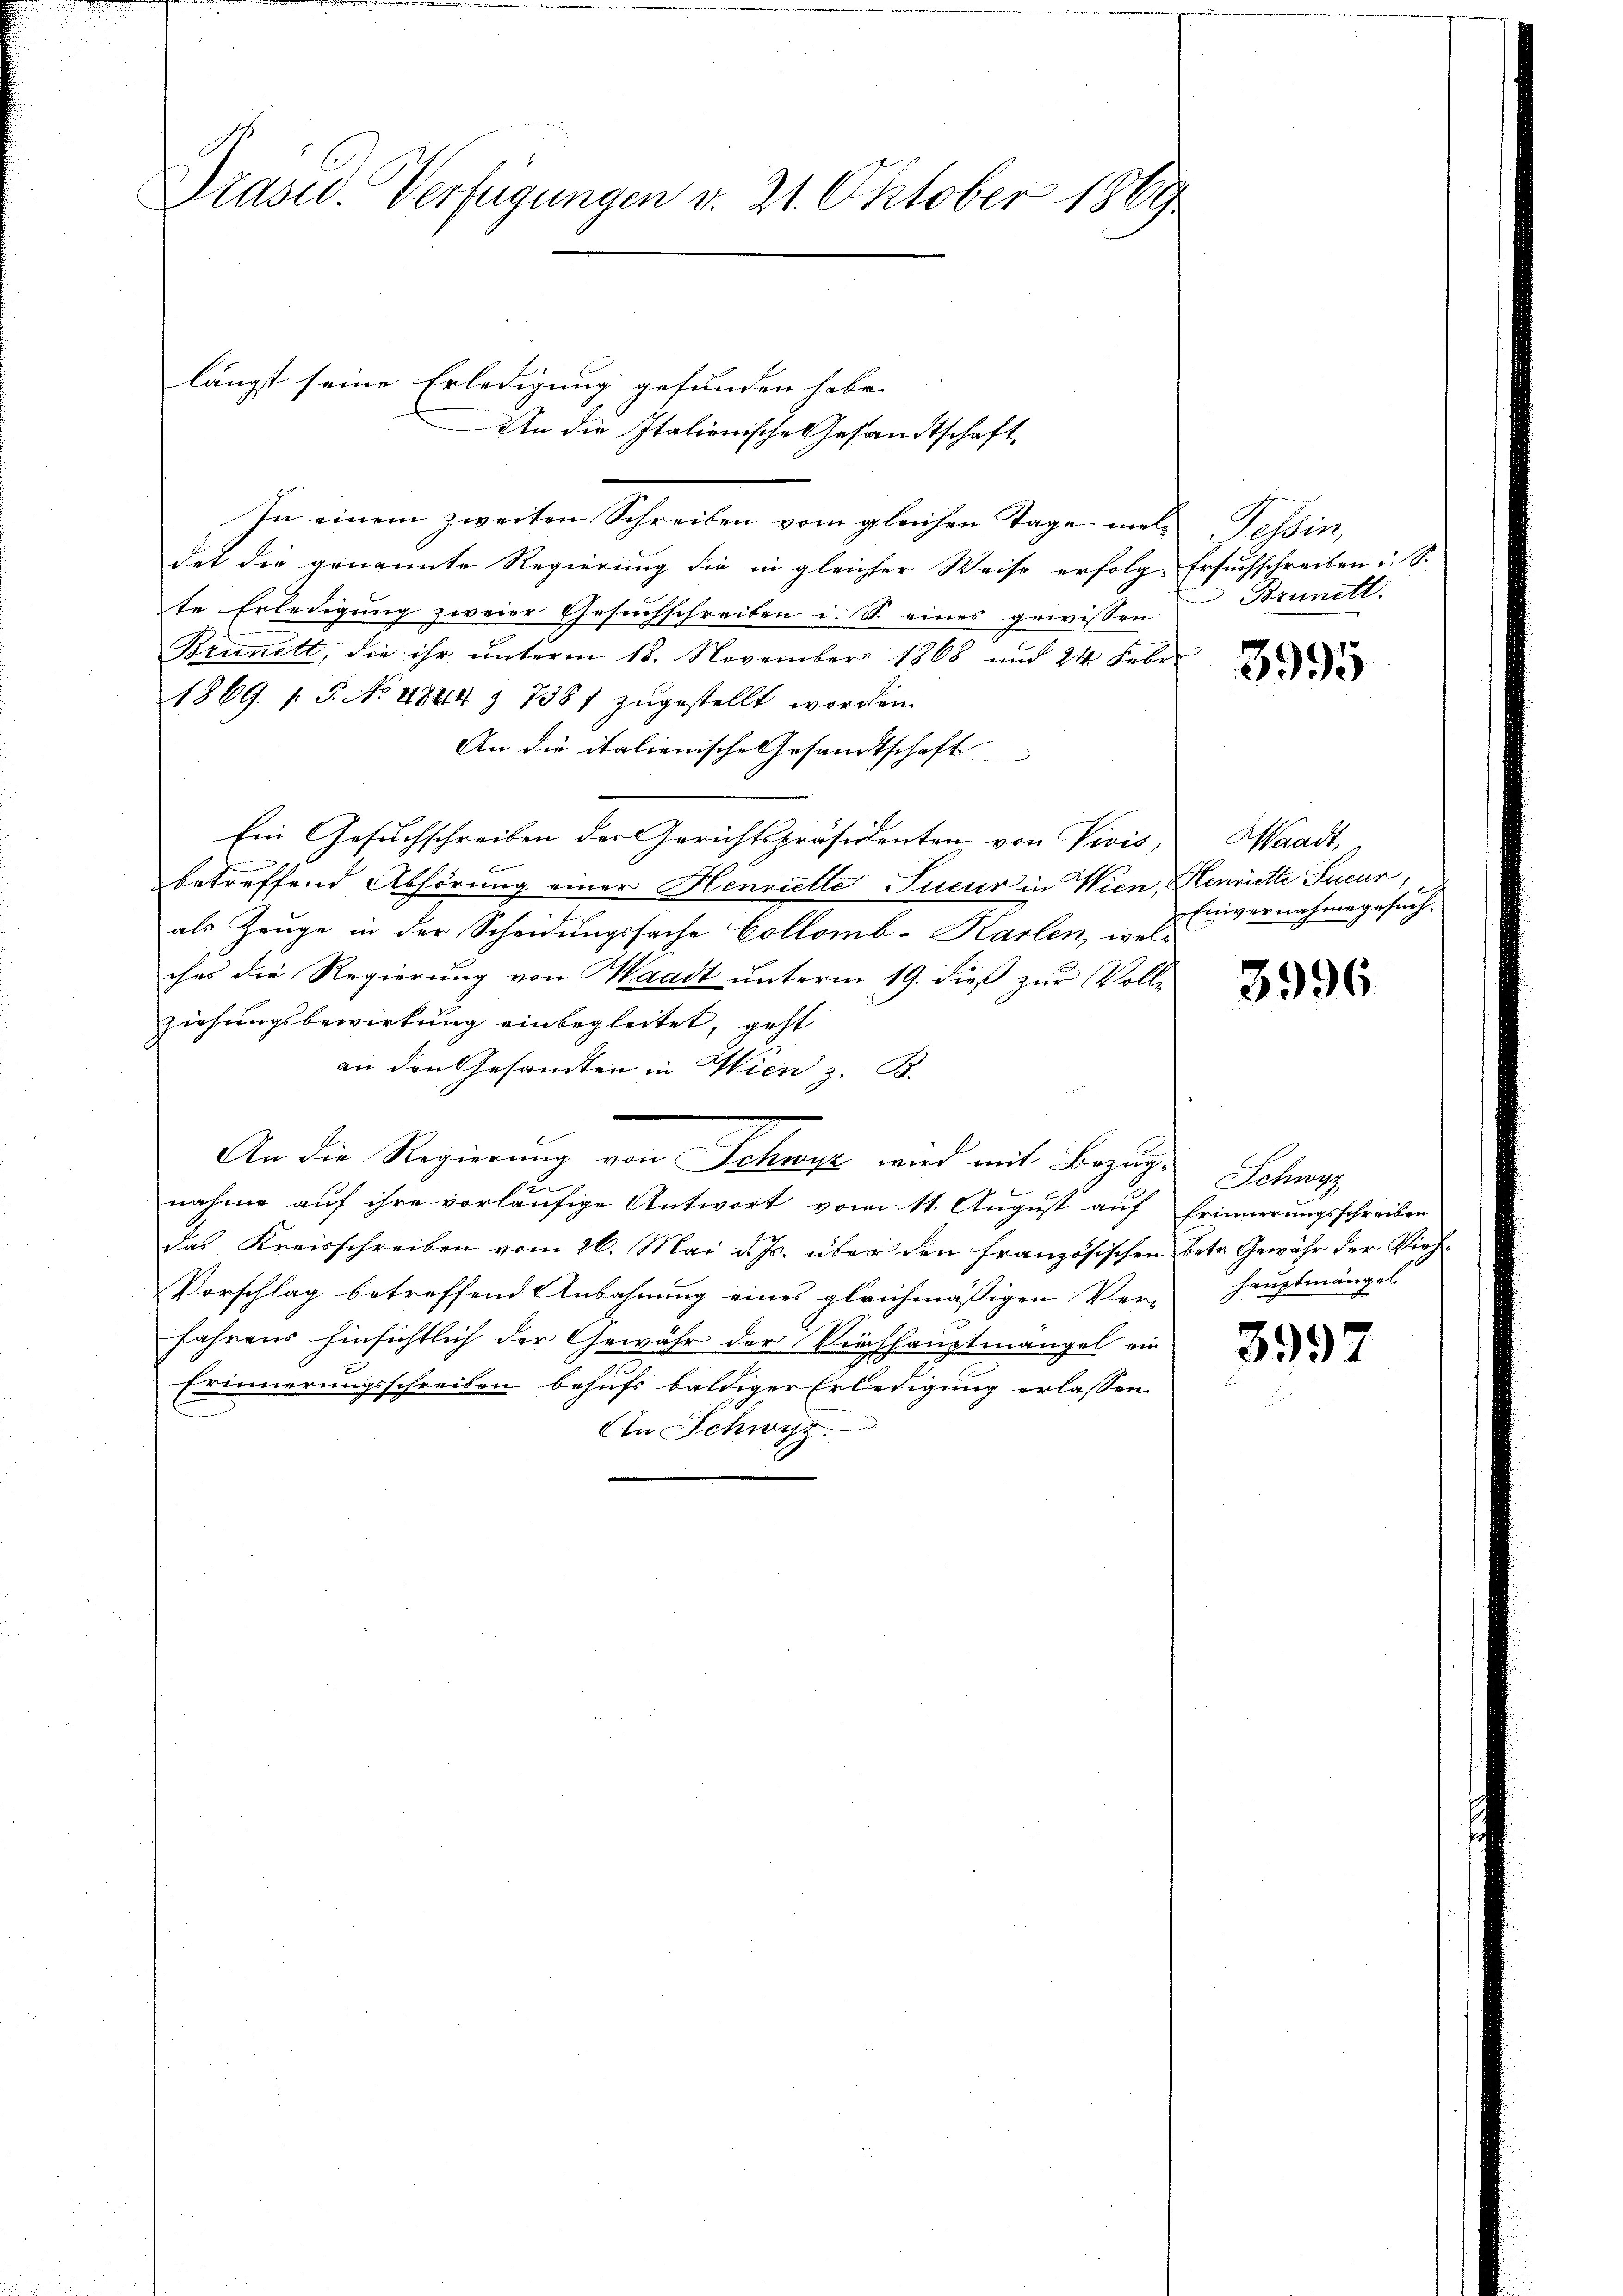
Grasu. Verfügungen v. 21. Oktober 1869

längst seine Erledigung gefunden habe.
An die Italienische Gesandtschaft
In einem zweiten Schreiben vom gleichen Tage mals Tessin,
det die genannte Regierung die in gleicher Weise erfolg-Ersuchschreiben i. S.
te Erledigung zweier Gesuchschreiben d. St. eines gewissen
Brunett, die ihr ŭnterm 18. November 1868 und 24 Febr.
1869. 1. S. No 4844 § 7387 zugestellt worden.
An die italienische Gesandtschaft
Ein Gesuchschreiben der Gerichtspräsidenten von Vivis, Waadt,
b
betreffend Abhörung einer Henriette Pucur in Wien, Henriette Sucur
als Zeuge in der Scheidungssache Collomb-Karlen, welc
ches die Regierung von Waadt unterm 19. dieß zur Volle
ziehungsbewirkung einbegleitet, geht
an den Gesandten in Wien z. B.
An die Regierung von Schwafz wird mit Bezug¬
Schwyz
n
nahme auf ihre vorläufige Antwort vom 11. August auf Erinnerungsschreiben
das Kreisschreiben vom 26. Mai d. Js. über den französischen betr. Gewähr der Vieh¬
Vorschlag betreffend Anbahnung eines gleichmäßigen Ver-Hauptmängel
Jahrens hinsichtlich der Gewähr der Kirchhauptmangel ein
3997
Erinnerungsschreiben behufs baldiger Erledigung erlassen.
Con Schwyz.

I Brunett.

3995

Einvernahme gesuch.